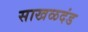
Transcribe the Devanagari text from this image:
साखळदंड